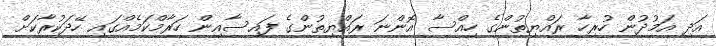
އަދި އަމުދުން ހުރިހާ ރައްޔިތުންގެ ހިއްސާ އޮންނަ ރައްޔިތުންގެ ފައިސާއިން ހަރާމްކަމެއްގައި ހޭދަކުރާކަށް